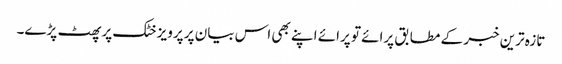
تازہ ترین خبر کے مطابق پرائے تو پرائے اپنے بھی اس بیان پر پرویز خٹک پر پھٹ پڑے۔